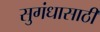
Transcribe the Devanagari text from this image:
सुगंधासाठी